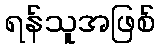
ရန်သူအဖြစ်